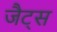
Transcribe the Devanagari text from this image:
जैट्स